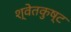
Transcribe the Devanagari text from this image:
श्वेतकुष्ट